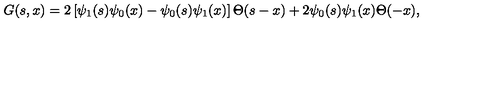
G ( s , x ) = 2 \left[ \psi _ { 1 } ( s ) \psi _ { 0 } ( x ) - \psi _ { 0 } ( s ) \psi _ { 1 } ( x ) \right] \Theta ( s - x ) + 2 \psi _ { 0 } ( s ) \psi _ { 1 } ( x ) \Theta ( - x ) ,